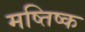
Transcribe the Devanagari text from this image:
मष्तिष्‍क